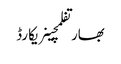
بھارتفلمچینریکارڈ